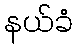
နယ်ခံ